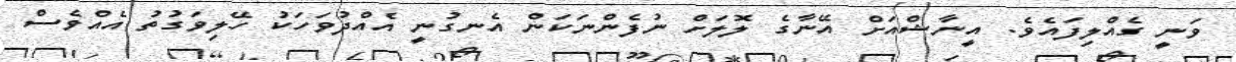
ވަނީ ގެއްލިފައެވެ. އީނާޝްއަށް އޭނާގެ ލޮލަށް ނުފެންނަކަން އެނގުނީ އެއްދުވަހަކު ހޭލިވަގުތު އެއްވެސް